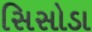
સિસોડા